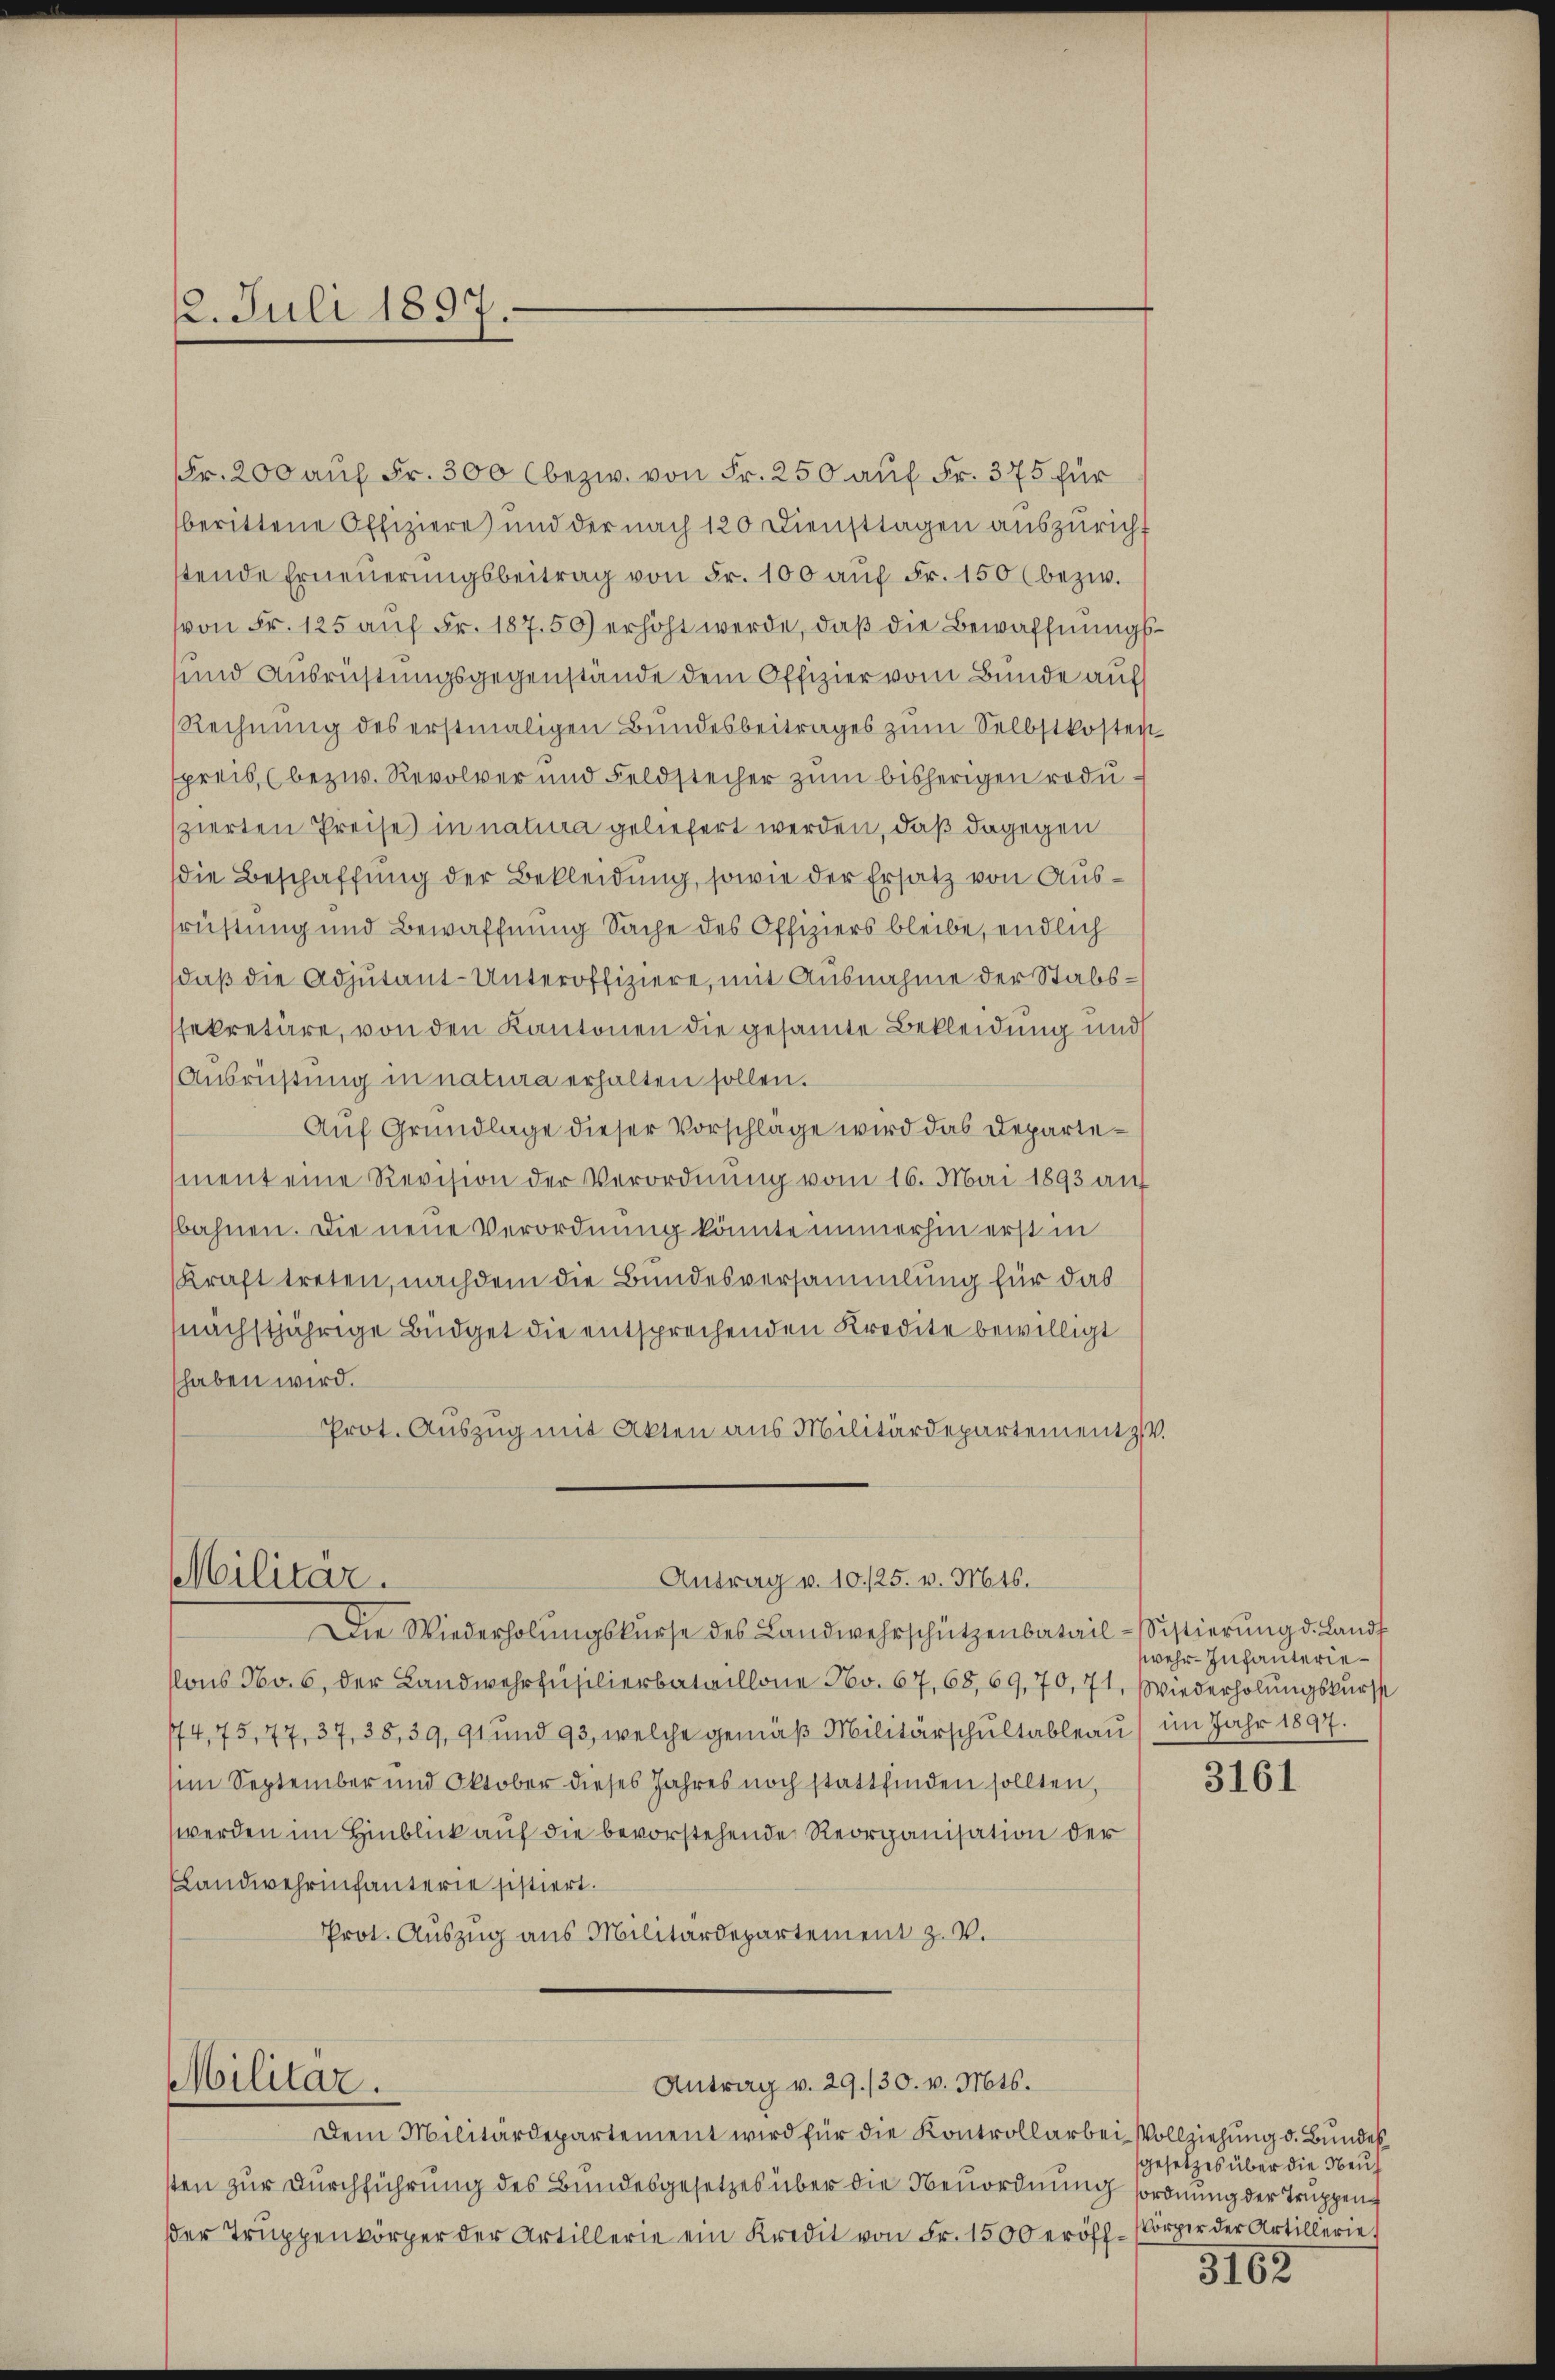
2. Juli 1897.

Fr. 200 auf Fr. 300 bezw. von Fr. 250 auf Fr. 375 für
berittene Offiziere und der nach 120 Diensttagen auszuricht
stende Erneŭerŭngsbeitrag von Fr. 100 auf Fr. 150 (bezw.
von Fr. 125 auf Fr. 187. 50) erhöht werde, daß die Bewaffnungs¬
und Ausrüstungsgegenstände dem Offizier vom Bunde auf
Rechnŭng des erstmaligen Bundesbeitrages zŭm Selbstkosten
spreis (bezw. Revolver und Feldstecher zum bisherigen rodu-
szierten Preise in natura geliefert werden, daß dagegen
die Beschaffung der Bekleidung, sowie der Ersatz von Ausrüstung und Bewaffnung Sache des Offiziers bleibe, endlich
daß die Adjutant-Unteroffiziere, mit Ausnahme der Stabsssekretäre, von den Kantonen die gesamte Bekleidung und
Ausrüstung in natura erhalten sollen.
Auf Grundlage dieser Vorschläge wird das Departement eine Revision der Verordnung vom 16. Mai 1893 auf
bahnen. Die neue Verordnung könnte immerhin erst in
Kraft treten, nachdem die Bundesversammlung für das
nächstjährige Büdget die entsprechenden Kredite bewilligt
haben wird.
Prot. Auszug mit Akten aus Militärdepartement z. V.

Antrag v. 10./25. v. Mts.
Militär.
Die Wiederholŭngskurse des Landwehrschützenbatail-Sistierŭng d. Landt

Militar.

ons No. 6, der Landwehrfüsilierbataillone No. 67, 68, 69, 70, 71, Wiederholungskurss
74,75, 77, 37, 38,39, 91 und 93, welche gemäβ Militärschŭltableau) im Jahr 1897.
im September und Oktober dieses Jahres noch stattfinden sollten,
werden im Hinblick auf die bevorstehende Reorganisation der
Landwehrinfanterie sistiert.
Prot. Auszug aus Militärdepartement z. V.

Dem Militärdepartement wird für die Kontrollarbei-Vollziehung d. Bundessten zur Durchführung des Bundesgesetzes über die Neuordnung sordnung der Truppen
er Truppenkörper der Artillerie ein Kredit von Fr. 1500 eröff¬

Antrag v. 29./30. v. Mts.

wehr-Infanterie¬

3161

gesetzes über die Neuh
körper der Artillerie.

3162